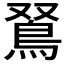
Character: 𩿏